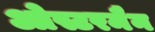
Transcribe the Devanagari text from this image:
ओस्टरमैन